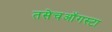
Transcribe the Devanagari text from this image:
तसेचऑगस्टा